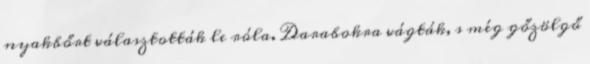
nyakbőrt választották le róla. Da­rabokra vágták, s még gőzölgő